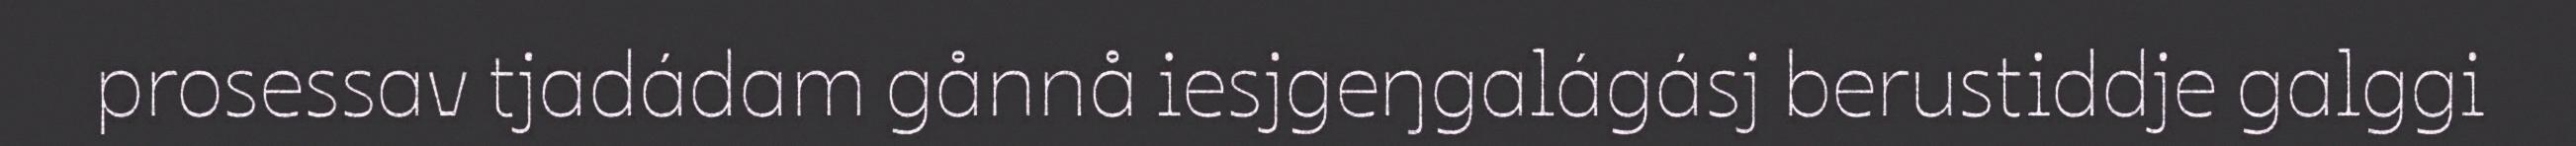
prosessav tjadádam gånnå iesjgeŋgalágásj berustiddje galggi